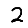
Digit: 2